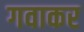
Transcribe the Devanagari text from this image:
गवाकर